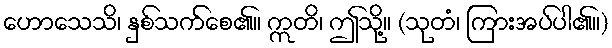
ဟောသေသိ၊ နှစ်သက်စေ၏။ ဣတိ၊ ဤသို့။ (သုတံ၊ ကြားအပ်ပါ၏။)